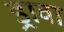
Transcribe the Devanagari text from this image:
ड्रावा